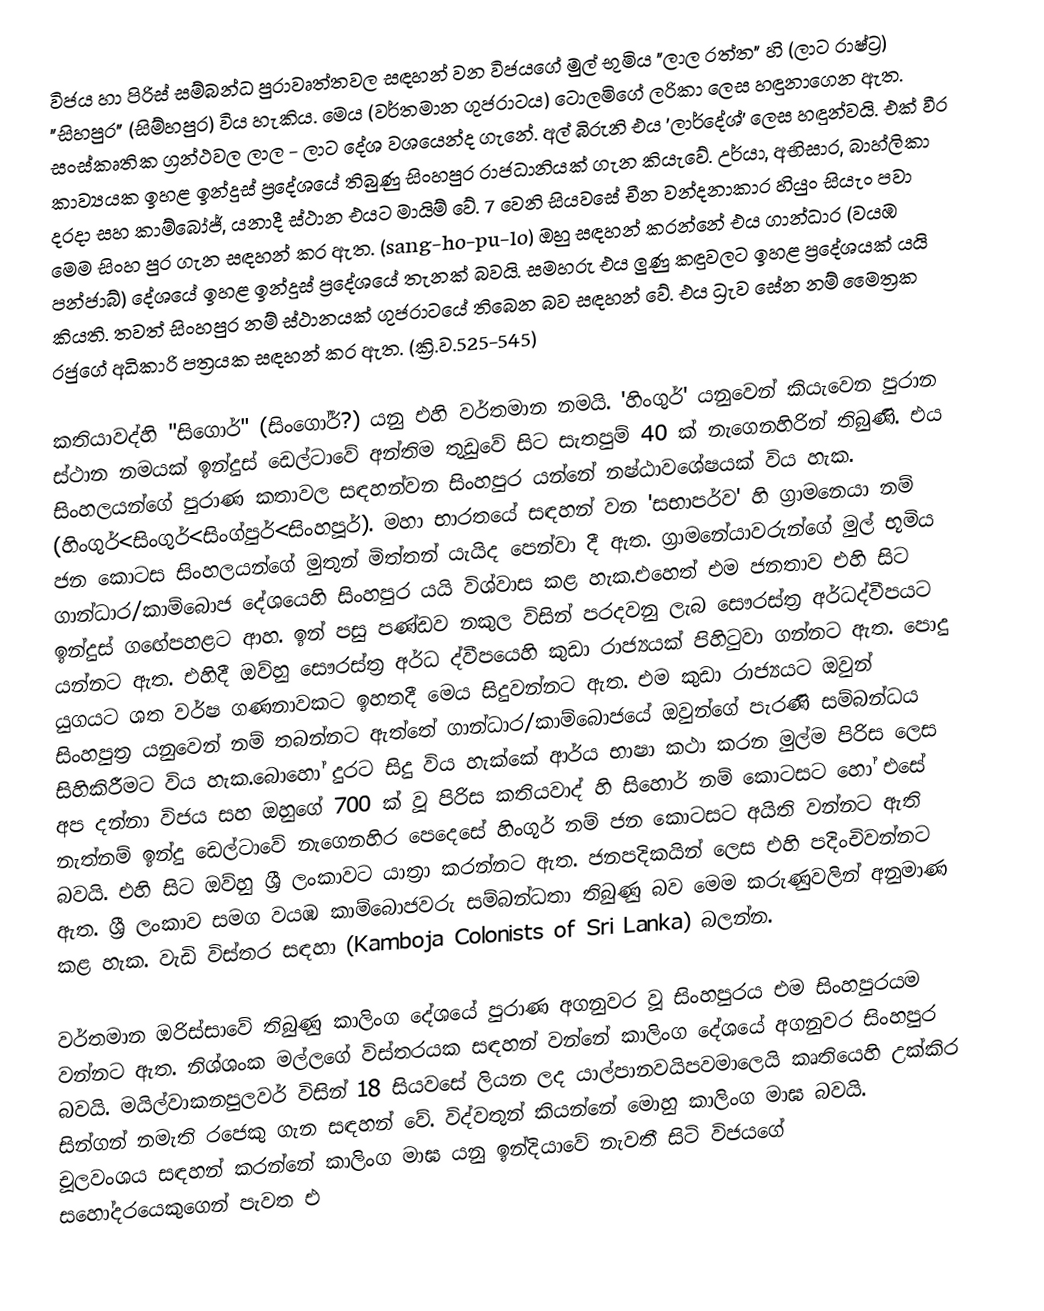
විජය හා පිරිස් සම්බන්ධ පුරාවෘත්තවල සඳහන් වන විජයගේ මුල් භුමිය "ලාල රත්ත" හි (ලාට රාෂ්ට්‍ර) "සිහපුර" (සිම්හපුර) විය හැකිය. මෙය (වර්තමාන ගුජරාටය) ටොලමිගේ ලරිකා ලෙස හඳුනාගෙන ඇත. සංස්කෘතික ග්‍රන්ථවල ලාල - ලාට දේශ වශයෙන්ද ගැනේ. අල් බිරුනි එය 'ලාර්දේශ්' ලෙස හඳුන්වයි. එක් වීර කාව්‍යයක ඉහළ ඉන්දුස් ප්‍රදේශයේ තිබුණු සිංහපුර රාජධානියක් ගැන කියැවේ. උර්යා, අභිසාර, බාහ්ලිකා දරදා සහ කාම්බෝජ්, යනාදී ස්ථාන එයට මායිම් වේ. 7 වෙනි සියවසේ චීන වන්දනාකාර හියුං සියැං පවා මෙම සිංහ පුර ගැන සඳහන් කර ඇත. (sang-ho-pu-lo) ඔහු සඳහන් කරන්නේ එය ගාන්ධාර (වයඹ පන්ජාබ්) දේශයේ ඉහළ ඉන්දුස් ප්‍රදේශයේ තැනක් බවයි. 	සමහරු එය ලුණු කඳුවලට ඉහළ ප්‍රදේශයක් යයි කියති. තවත් සිංහපුර නම් ස්ථානයක් ගුජරාටයේ තිබෙන බව සඳහන් වේ. එය ධ්‍රැව සේන නම් මෛත්‍රක රජුගේ අධිකාරි පත්‍රයක සඳහන් කර ඇත. (ක්‍රි.ව.525-545)

කතියාවද්හි "සිගොර්" (සිංගෝර්?) යනු එහි වර්තමාන නමයි. 'හිංගුර්' යනුවෙන් කියැවෙන පුරාන ස්ථාන නමයක් ඉන්දුස් ඩෙල්ටාවේ අන්තිම තුඩුවේ සිට සැතපුම් 40 ක් නැගෙනහිරින් තිබුණි. එය සිංහලයන්ගේ පුරාණ කතාවල සඳහන්වන සිංහපුර යන්නේ නෂ්ඨාවශේෂයක් විය හැක. (හිංගුර්<සිංගුර්<සිංග්පුර්<සිංහපූර්). මහා භාරතයේ සඳහන් වන 'සභාපර්ව' හි ග්‍රාමනෙයා නම් ජන කොටස සිංහලයන්ගේ මුතුන් මිත්තන් යැයිද පෙන්වා දී ඇත. ග්‍රාමනේයාවරුන්ගේ මුල් භූමිය ගාන්ධාර/කාම්බොජ දේශයෙහි සිංහපුර යයි විශ්වාස කළ හැක.එහෙත් එම ජනතාව එහි සිට ඉන්දුස් ග‍ඟේපහළට ආහ. ඉන් පසු පණ්ඩව නකුල විසින් පරදවනු ලැබ සෞරස්ත්‍ර අර්ධද්වීපයට යන්නට ඇත. එහිදී ඔව්හු සෞරස්ත්‍ර අර්ධ ද්වීපයෙහි කුඩා රාජ්‍යයක් පිහිටුවා ගන්නට ඇත. පොදු යුගයට ශත වර්ෂ ගණනාවකට ඉහතදී මෙය සිදුවන්නට ඇත. එම කුඩා රාජ්‍යයට ඔවුන් සිංහපුත්‍ර යනුවෙන් නම් තබන්නට ඇත්තේ ගාන්ධාර/කාම්බොජයේ ඔවුන්ගේ පැරණි සම්බන්ධය සිහිකිරීමට විය හැක.බොහෝ දුරට සිදු විය හැක්කේ ආර්ය භාෂා කථා කරන මුල්ම පිරිස ලෙස අප දන්නා විජය සහ ඔහුගේ 700 ක් වූ පිරිස කතියවාද් හි සිහොර් නම් කොටසට හෝ එසේ නැත්නම් ඉන්දු ඩෙල්ටාවේ නැගෙනහිර පෙදෙසේ හිංගූර් නම් ජන කොටසට අයිති වන්නට ඇති බවයි. එහි සිට ඔව්හු ශ්‍රී ලංකාවට යාත්‍රා කරන්නට ඇත. ජනපදිකයින් ලෙස එහි පදිංචිවන්නට ඇත. ශ්‍රී ලංකාව සමග වයඹ කාම්බොජවරු සම්බන්ධතා තිබුණු බව මෙම කරුණුවලින් අනුමාණ කළ හැක. වැඩි විස්තර සඳහා (Kamboja Colonists of Sri Lanka) බලන්න.

වර්තමාන ඔරිස්සාවේ තිබුණු කාලිංග දේශයේ පුරාණ අගනුවර වූ සිංහපුරය එම සිංහපුරයම වන්නට ඇත. නිශ්ශංක මල්ලගේ විස්තරයක සඳහන් වන්නේ කාලිංග දේශයේ අගනුවර සිංහපුර බවයි. මයිල්වාකනපුලවර් විසින් 18 සියවසේ ලියන ලද යාල්පානවයිපවමාලෙයි කෘතියෙහි උක්කිර සින්ගන් නමැති ‍රජෙකු ගැන සඳහන් වේ. විද්වතුන් කියන්නේ මොහු කාලිංග මාඝ බවයි. චූලවංශය සඳහන් කරන්නේ කාලිංග මාඝ යනු ඉන්දියාවේ නැවතී සිටි විජයගේ සහෝදරයෙකුගෙන් පැවත එ